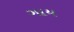
ગાય